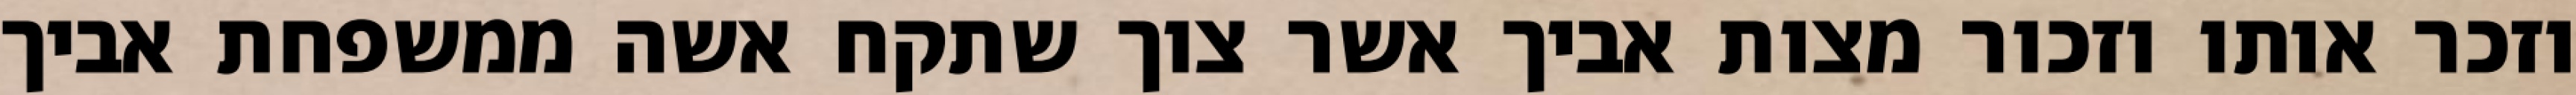
וזכר אותו וזכור מצות אביך אשר צוך שתקח אשה ממשפחת אביך